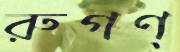
রুগণ্